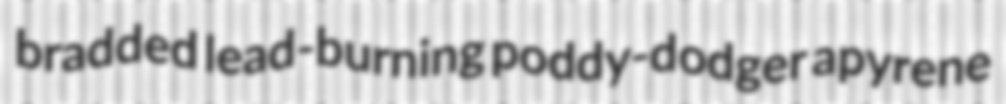
bradded lead-burning poddy-dodger apyrene